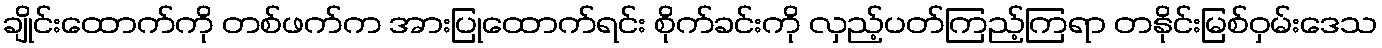
ချိုင်းထောက်ကို တစ်ဖက်က အားပြုထောက်ရင်း စိုက်ခင်းကို လှည့်ပတ်ကြည့်ကြရာ တနိုင်းမြစ်ဝှမ်းဒေသ